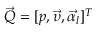
\vec { Q } = [ p , \vec { \upsilon } , \vec { \alpha _ { l } } ] ^ { T }